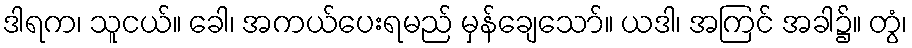
ဒါရက၊ သူငယ်။ ခေါ၊ အကယ်ပေးရမည် မှန်ချေသော်။ ယဒါ၊ အကြင် အခါ၌။ တွံ၊